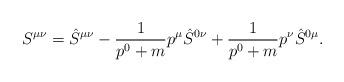
LaTeX: \begin{align*}S^{\mu \nu }= \hat{S}^{\mu \nu }-\frac{1}{p^0+m}p^\mu\hat{S}^{0\nu}+ \frac{1}{p^0+m}p^\nu \hat{S}^{0\mu}.\end{align*}